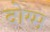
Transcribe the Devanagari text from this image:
दोग्म